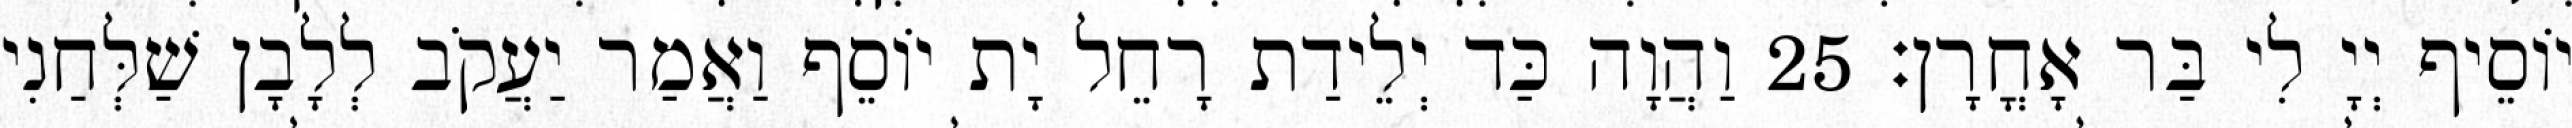
יוֹסֵיף יְיָ לִי בַּר אָחֳרָן׃ 25 וַהֲוָה כַּד יְלֵידַת רָחֵל יָת יוֹסֵף וַאֲמַר יַעֲקֹב לְלָבָן שַׁלְּחַנִי